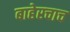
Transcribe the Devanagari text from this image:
बाहेरचाच